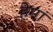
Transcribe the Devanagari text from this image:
हेमां